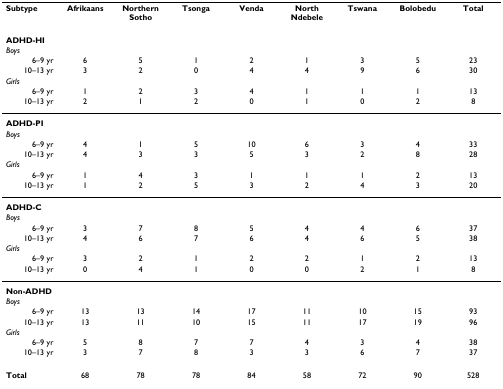
<table><thead><tr><td><b>Subtype</b></td><td><b>Afrikaans</b></td><td><b>Northern Sotho</b></td><td><b>Tsonga</b></td><td><b>Venda</b></td><td><b>North Ndebele</b></td><td><b>Tswana</b></td><td><b>Bolobedu</b></td><td><b>Total</b></td></tr></thead><tbody><tr><td><b>ADHD-HI</b></td><td></td><td></td><td></td><td></td><td></td><td></td><td></td><td></td></tr><tr><td><i>Boys</i></td><td></td><td></td><td></td><td></td><td></td><td></td><td></td><td></td></tr><tr><td>6–9 yr</td><td>6</td><td>5</td><td>1</td><td>2</td><td>1</td><td>3</td><td>5</td><td>23</td></tr><tr><td>10–13 yr</td><td>3</td><td>2</td><td>0</td><td>4</td><td>4</td><td>9</td><td>6</td><td>30</td></tr><tr><td><i>Girls</i></td><td></td><td></td><td></td><td></td><td></td><td></td><td></td><td></td></tr><tr><td>6–9 yr</td><td>1</td><td>2</td><td>3</td><td>4</td><td>1</td><td>1</td><td>1</td><td>13</td></tr><tr><td>10–13 yr</td><td>2</td><td>1</td><td>2</td><td>0</td><td>1</td><td>0</td><td>2</td><td>8</td></tr><tr><td><b>ADHD-PI</b></td><td></td><td></td><td></td><td></td><td></td><td></td><td></td><td></td></tr><tr><td><i>Boys</i></td><td></td><td></td><td></td><td></td><td></td><td></td><td></td><td></td></tr><tr><td>6–9 yr</td><td>4</td><td>1</td><td>5</td><td>10</td><td>6</td><td>3</td><td>4</td><td>33</td></tr><tr><td>10–13 yr</td><td>4</td><td>3</td><td>3</td><td>5</td><td>3</td><td>2</td><td>8</td><td>28</td></tr><tr><td><i>Girls</i></td><td></td><td></td><td></td><td></td><td></td><td></td><td></td><td></td></tr><tr><td>6–9 yr</td><td>1</td><td>4</td><td>3</td><td>1</td><td>1</td><td>1</td><td>2</td><td>13</td></tr><tr><td>10–13 yr</td><td>1</td><td>2</td><td>5</td><td>3</td><td>2</td><td>4</td><td>3</td><td>20</td></tr><tr><td><b>ADHD-C</b></td><td></td><td></td><td></td><td></td><td></td><td></td><td></td><td></td></tr><tr><td><i>Boys</i></td><td></td><td></td><td></td><td></td><td></td><td></td><td></td><td></td></tr><tr><td>6–9 yr</td><td>3</td><td>7</td><td>8</td><td>5</td><td>4</td><td>4</td><td>6</td><td>37</td></tr><tr><td>10–13 yr</td><td>4</td><td>6</td><td>7</td><td>6</td><td>4</td><td>6</td><td>5</td><td>38</td></tr><tr><td><i>Girls</i></td><td></td><td></td><td></td><td></td><td></td><td></td><td></td><td></td></tr><tr><td>6–9 yr</td><td>3</td><td>2</td><td>1</td><td>2</td><td>2</td><td>1</td><td>2</td><td>13</td></tr><tr><td>10–13 yr</td><td>0</td><td>4</td><td>1</td><td>0</td><td>0</td><td>2</td><td>1</td><td>8</td></tr><tr><td><b>Non-ADHD</b></td><td></td><td></td><td></td><td></td><td></td><td></td><td></td><td></td></tr><tr><td><i>Boys</i></td><td></td><td></td><td></td><td></td><td></td><td></td><td></td><td></td></tr><tr><td>6–9 yr</td><td>13</td><td>13</td><td>14</td><td>17</td><td>11</td><td>10</td><td>15</td><td>93</td></tr><tr><td>10–13 yr</td><td>13</td><td>11</td><td>10</td><td>15</td><td>11</td><td>17</td><td>19</td><td>96</td></tr><tr><td><i>Girls</i></td><td></td><td></td><td></td><td></td><td></td><td></td><td></td><td></td></tr><tr><td>6–9 yr</td><td>5</td><td>8</td><td>7</td><td>7</td><td>4</td><td>3</td><td>4</td><td>38</td></tr><tr><td>10–13 yr</td><td>3</td><td>7</td><td>8</td><td>3</td><td>3</td><td>6</td><td>7</td><td>37</td></tr><tr><td><b>Total</b></td><td>68</td><td>78</td><td>78</td><td>84</td><td>58</td><td>72</td><td>90</td><td>528</td></tr></tbody></table>